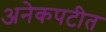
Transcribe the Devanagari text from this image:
अनेकपटीत